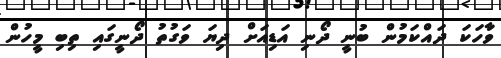
ވާހަކަ ދައްކަމުން ބުނީ ދޯނި އަޑިއަށް ދިޔަ ވަގުތު ދޯނީގައި ތިބި މީހުން